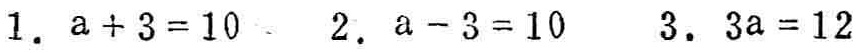
1. \(a + 3 = 10\)  2. \(a - 3 = 10\)  3. \(3a = 12\)